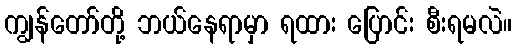
ကျွန်တော်တို့ ဘယ်နေရာမှာ ရထား ပြောင်း စီးရမလဲ။